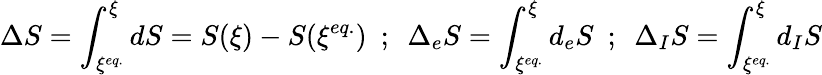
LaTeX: \Delta S=\int_{\xi^{eq.}}^{\xi}dS=S(\xi)-S(\xi^{eq.})\ \ ;\ \ \Delta_{e}S=\int_{\xi^{eq.}}^{\xi}d_{e}S\ \ ;\ \ \Delta_{I}S=\int_{\xi^{eq.}}^{\xi}d_{I}S